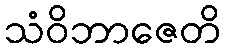
သံဝိဘာဇေတိ